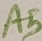
Text: A5